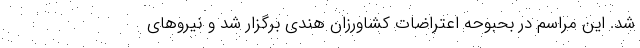
شد. این مراسم در بحبوحه اعتراضات کشاورزان هندی برگزار شد و نیرو‌های